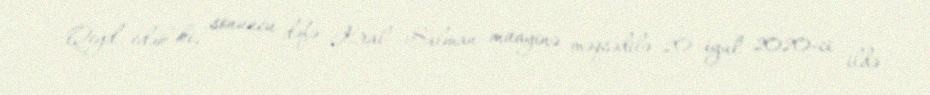
Qeyd edək ki, sonuncu dəfə Kral Salman müayinə məqsədilə 20 iyul 2020-ci ildə